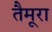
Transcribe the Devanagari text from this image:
तैमूरा